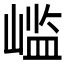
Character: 𫶊